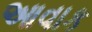
આવાક